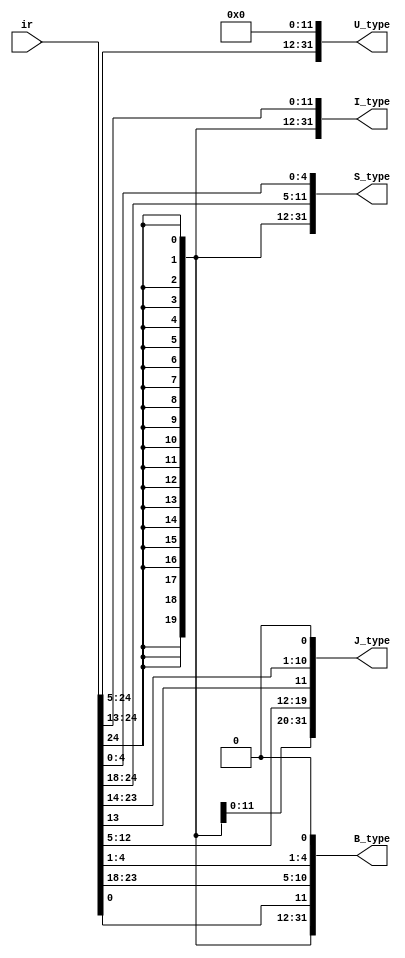
`timescale 1ns / 1ps

/*
  Generates immediate values given an
  instruction input. Handles 5 instruction types
  (the 5 that encode immediate values)
*/
module immed_gen(
    input [31:7] ir,
    output [31:0] U_type, I_type, S_type, J_type, B_type
    );
    
    // Switch bits around according to appropriate instruction type
    assign U_type = {ir[31:12], 12'b0};
    assign I_type = {{21{ir[31]}}, ir[30:25], ir[24:20]};
    assign S_type = {{21{ir[31]}}, ir[30:25], ir[11:7]};
    assign J_type = {{12{ir[31]}}, ir[19:12], ir[20], ir[30:21], 1'b0};
    assign B_type = {{20{ir[31]}}, ir[7], ir[30:25], ir[11:8], 1'b0};
    
endmodule